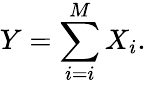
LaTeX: Y=\sum_{i=i}^{M}X_{i}.